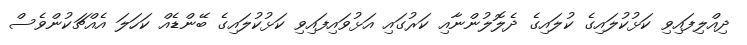
ދިއްލިފައިވި ކަޅުކުލައިގެ ކުލައިގެ ދެލޮލުންނާއި ކަރުގައި އަޅުވައިފައިވި ކަޅުކުލައިގެ ބޭންޑެއް ކަހަލަ އެއްޗަކުންވެސް